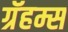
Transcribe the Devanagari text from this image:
ग्रॅहम्स